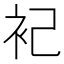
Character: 𬡆